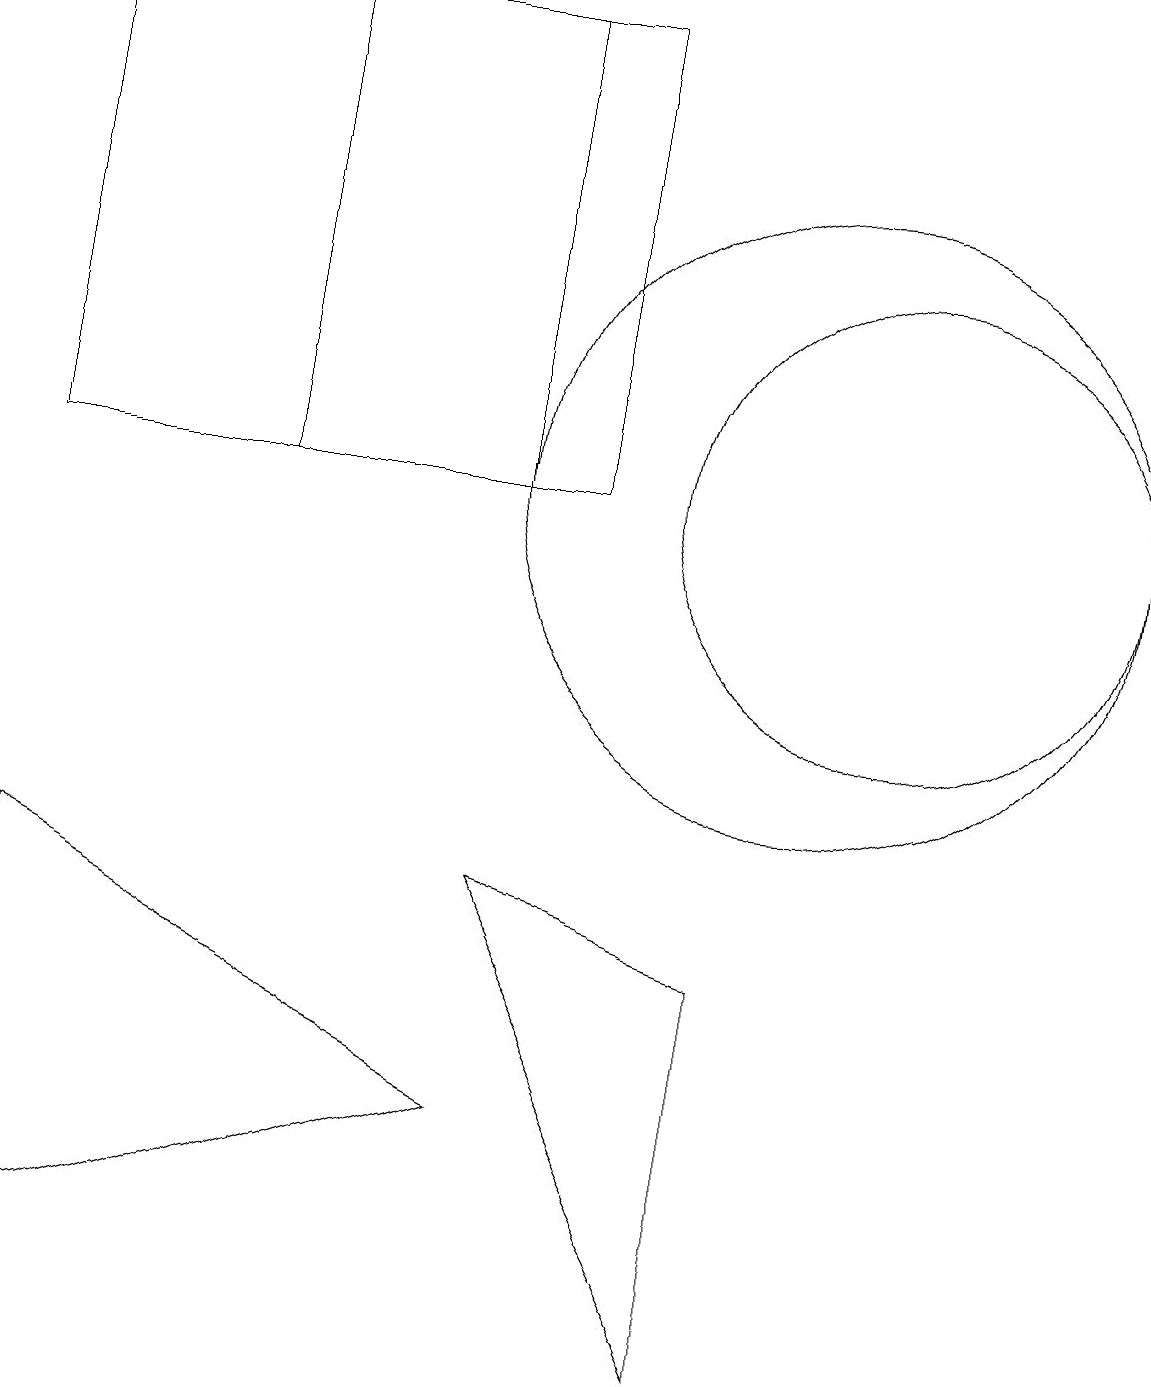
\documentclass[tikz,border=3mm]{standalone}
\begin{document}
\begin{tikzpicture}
\draw (11,11) circle (3);
\draw (6,17) rectangle (0,11);
\draw (10,11) circle (4);
\draw (9,0) -- (9,5) -- (6,6) -- cycle;
\draw (11,10) circle (0);
\draw (7,17) rectangle (3,11);
\draw (6,3) -- (0,1) -- (0,6) -- cycle;
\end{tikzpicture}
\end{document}